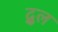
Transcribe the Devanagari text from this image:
द्रुल